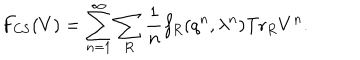
LaTeX: F _ { \mathrm { C S } } ( V ) = \sum _ { n = 1 } ^ { \infty } \sum _ { R } { \frac { 1 } { n } } f _ { R } ( q ^ { n } , \lambda ^ { n } ) \mathrm { T r } _ { R } V ^ { n } .